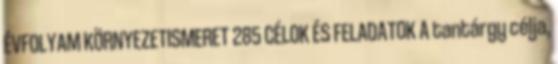
ÉVFOLYAM KÖRNYEZETISMERET 285 CÉLOK ÉS FELADATOK A tantárgy célja,